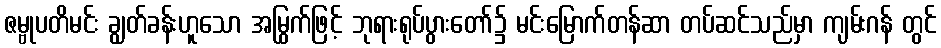
ဇမ္ဗုပတိမင်း ချွတ်ခန်းဟူသော အမြွက်ဖြင့် ဘုရားရုပ်ပွားတော်၌ မင်းမြောက်တန်ဆာ တပ်ဆင်သည်မှာ ကျမ်းဂန် တွင်